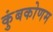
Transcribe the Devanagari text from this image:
कुंबकोणम